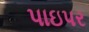
પાઇપર